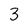
Character: 3